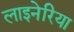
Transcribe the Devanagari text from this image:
लाइनेरिया